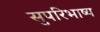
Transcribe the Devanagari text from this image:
सुपरिभाष्य